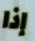
إذا